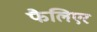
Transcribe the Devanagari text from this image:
फैलिएर